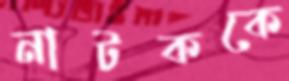
নাটককে